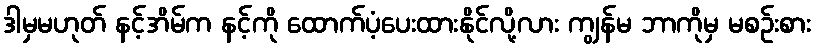
ဒါမှမဟုတ် နင့်အိမ်က နင့်ကို ထောက်ပံ့ပေးထားနိုင်လို့လား ကျွန်မ ဘာကိုမှ မစဉ်းစား